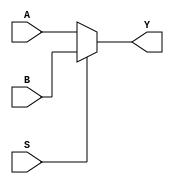
module parameterized_mux(A, B, S, Y);
    parameter width = 32;
    input S;
    input  [width - 1:0] A, B;
    output [width - 1:0] Y;
    assign Y = S ? B : A;
endmodule